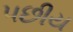
પછીય